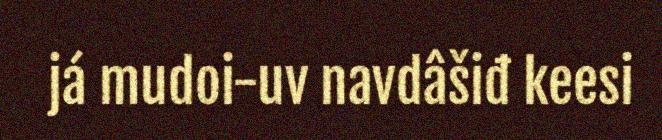
já mudoi-uv navdâšiđ keesi